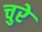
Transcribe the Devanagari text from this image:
चुरे